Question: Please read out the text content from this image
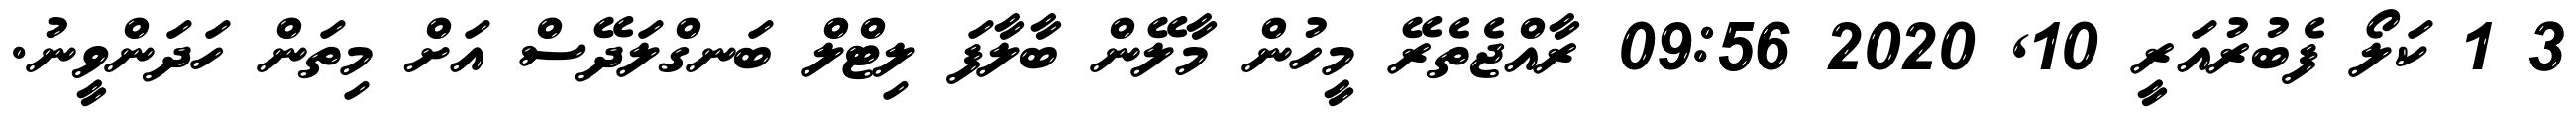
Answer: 3 1 ކަލޯ ފެބުރުއަރީ 10, 2020 09:56 ރާއްޖެތެރޭ މީހުން މާލޭން ބާލާފަ ލިޓްލް ބަނގްލަދޭސް އަށް މިތަން ހަދަންވީނު.